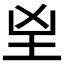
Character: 𡉰